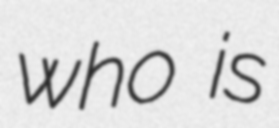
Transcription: who is